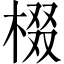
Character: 棳